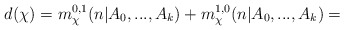
\begin{align*} d(\chi)=m_{\chi}^{0,1}(n\vert A_0,...,A_k)+m_{\chi}^{1,0}(n\vert A_0,...,A_k)=\end{align*}